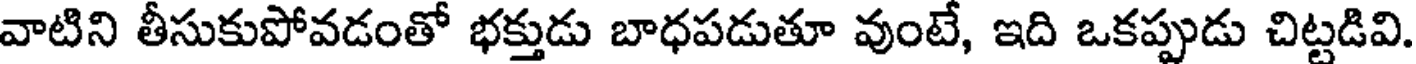
వాటిని తీసుకుపోవడంతో భక్తుడు బాధపడుతూ వుంటే, ఇది ఒకప్పుడు చిట్టడివి